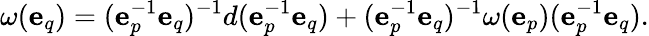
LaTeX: \omega(\mathbf{e}_{q})=(\mathbf{e}_{p}^{-1}\mathbf{e}_{q})^{-1}d(\mathbf{e}_{p}^{-1}\mathbf{e}_{q})+(\mathbf{e}_{p}^{-1}\mathbf{e}_{q})^{-1}\omega(\mathbf{e}_{p})(\mathbf{e}_{p}^{-1}\mathbf{e}_{q}).